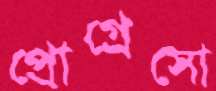
প্রোগ্রেসো